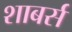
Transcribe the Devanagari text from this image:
शाबर्स